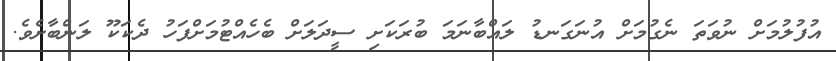
އުފުލުމަށް ނުވަތަ ނެގުމަށް އުނަގަނޑު ލައްބާނަމަ ބުރަކަށި ސީދަލަށް ބެހެއްޓުމަށްފަހު ދެކަކޫ ލަންބާށެވެ.